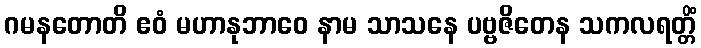
ဂမနတောတိ ဧဝံ မဟာနုဘာဝေ နာမ သာသနေ ပဗ္ဗဇိတေန သကလရတ္တိံ